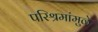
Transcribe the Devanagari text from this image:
परिश्रमांमुळे